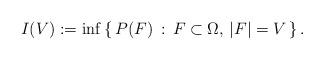
LaTeX: \begin{align*}I(V) := \inf\left\{\,P(F)\,:\, F\subset \Omega,\, |F|=V \,\right\}.\end{align*}